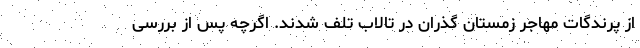
از پرندگات مهاجر زمستان گذران در تالاب تلف شدند. اگرچه پس از بررسی